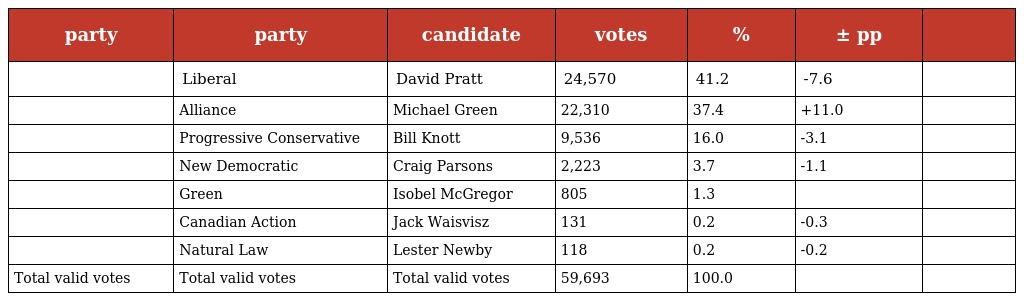
| party | party | candidate | votes | % | ± pp |  |
 | --- | --- | --- | --- | --- | --- | --- |
 |  | Liberal | David Pratt | 24,570 | 41.2 | -7.6 |  |
 |  | Alliance | Michael Green | 22,310 | 37.4 | +11.0 |  |
 |  | Progressive Conservative | Bill Knott | 9,536 | 16.0 | -3.1 |  |
 |  | New Democratic | Craig Parsons | 2,223 | 3.7 | -1.1 |  |
 |  | Green | Isobel McGregor | 805 | 1.3 |  |  |
 |  | Canadian Action | Jack Waisvisz | 131 | 0.2 | -0.3 |  |
 |  | Natural Law | Lester Newby | 118 | 0.2 | -0.2 |  |
 | Total valid votes | Total valid votes | Total valid votes | 59,693 | 100.0 |  |  |